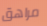
مراهق